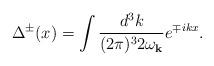
LaTeX: \begin{align*}\Delta^{\pm}(x)=\int \frac{d^3k}{(2\pi)^3 2\omega_{{\bf k}}} e^{\mp ikx} .\end{align*}